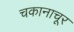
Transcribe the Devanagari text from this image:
चकानाचूर